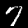
Digit: 7